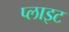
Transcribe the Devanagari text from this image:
प्लाइट